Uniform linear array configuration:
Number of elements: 16
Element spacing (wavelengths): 0.25
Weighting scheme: exponential
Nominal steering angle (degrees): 0
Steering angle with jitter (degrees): -1.696
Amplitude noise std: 0.05
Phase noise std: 0.05

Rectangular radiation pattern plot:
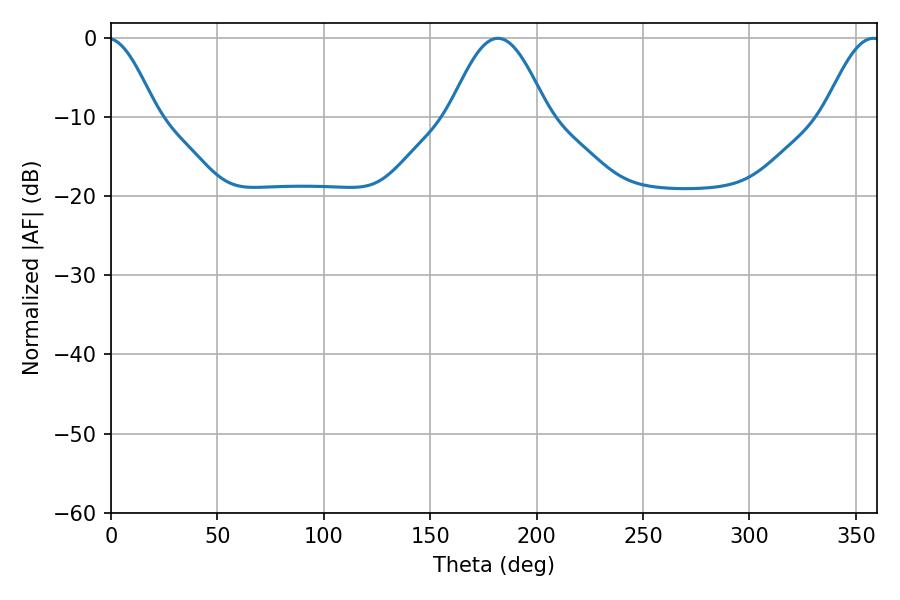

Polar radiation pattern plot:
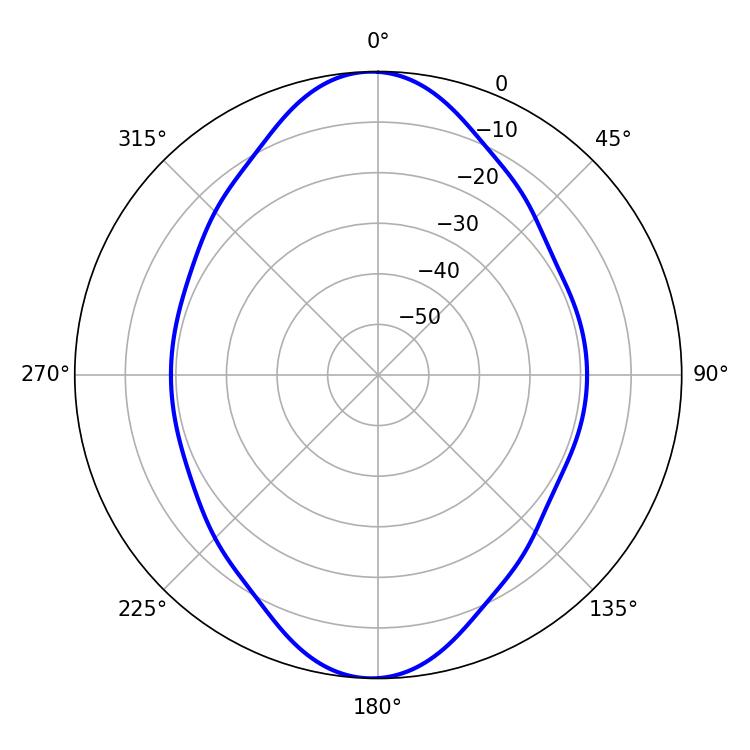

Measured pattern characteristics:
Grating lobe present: FALSE
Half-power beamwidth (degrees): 24.84
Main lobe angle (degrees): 181.8